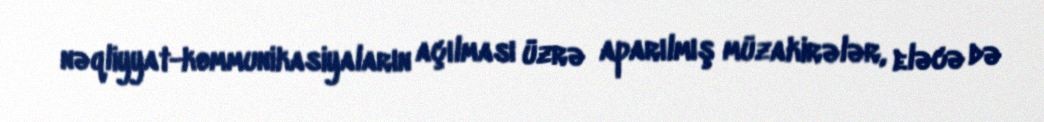
nəqliyyat-kommunikasiyaların açılması üzrə aparılmış müzakirələr, eləcə də